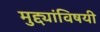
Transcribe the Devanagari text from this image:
मुद्द्यांविषयी